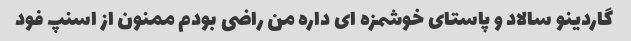
گاردینو سالاد و پاستای خوشمزه ای داره من راضی بودم ممنون از اسنپ فود